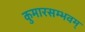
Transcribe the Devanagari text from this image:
कुमारसम्भवम्‌